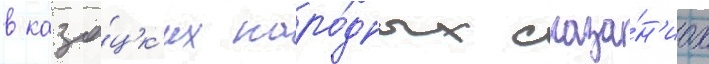
в каза́цк'их наро́дных сказа́н'иах